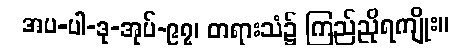
အပ-ပါ-ဒု-အုပ်-၉၇၊ တရားသံ၌ ကြည်ညိုရကျိုး။